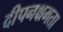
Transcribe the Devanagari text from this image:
दीपनक्षमता